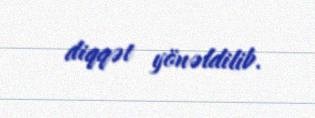
diqqət yönəldilib.